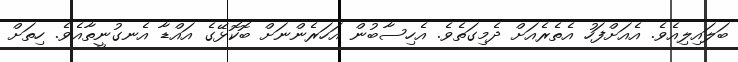
ބަލައިލިއެވެ. އެއަށްފަހު އެތެރެއަށް ދެމިގަތެވެ. އެހިސާބުން އަހަރެންނަށް ބޮކޮޅޭގެ އައްޑާ އެނގުނީތާއެވެ. ހިތަށް